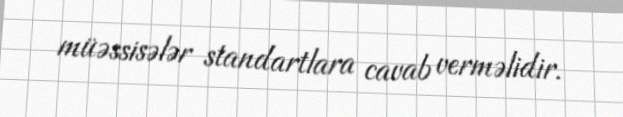
müəssisələr standartlara cavab verməlidir.